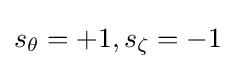
s_{\theta }=+1,s_{\zeta }=-1